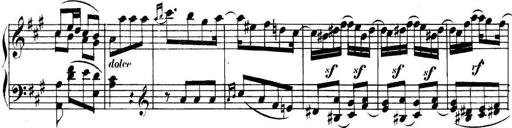
Title: Collected Piano Sonatas
Composer: Muzio Clementi